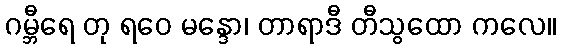
ဂမ္ဘီရေ တု ရဝေ မန္ဒော၊ တာရာဒီ တီသွထော ကလေ။